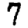
Digit: 7